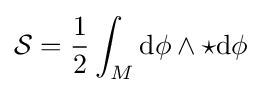
{\mathcal {S}}={\frac {1}{2}}\int _{M}\mathrm {d} \phi \wedge {\star \mathrm {d} \phi }